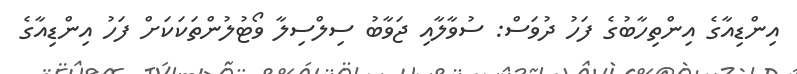
އިންޑިއާގެ އިންތިހާބުގެ ފަހު ދުވަސް: ސުވާލާއި ޖަވާބު ސިލްސިލާ ވޯޓުލުންތަކަކަށް ފަހު އިންޑިއާގެ